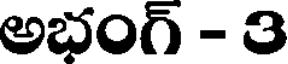
అభంగ్ - 3